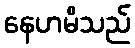
နေဟမိသည်